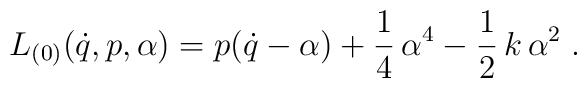
L_{(0)}(\dot{q},p,\alpha )=p(\dot{q}-\alpha )+\frac 14\,\alpha ^4-\frac 12\,k\,\alpha ^2\;.